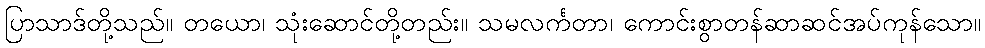
ပြာသာဒ်တို့သည်။ တယော၊ သုံးဆောင်တို့တည်း။ သမလင်္ကတာ၊ ကောင်းစွာတန်ဆာဆင်အပ်ကုန်သော။